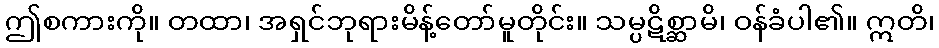
ဤစကားကို။ တထာ၊ အရှင်ဘုရားမိန့်တော်မူတိုင်း။ သမ္ပဋိစ္ဆာမိ၊ ဝန်ခံပါ၏။ ဣတိ၊